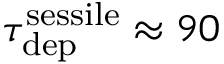
\tau _ { \mathrm { d e p } } ^ { \mathrm { s e s s i l e } } \approx 9 0